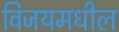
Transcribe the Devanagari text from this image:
विजयमधील